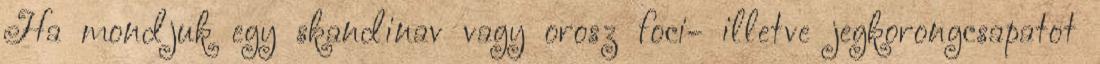
Ha mondjuk egy skandinav vagy orosz foci- illetve jegkorongcsapatot